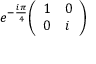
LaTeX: e ^ { - { \frac { i \pi } { 4 } } } { \left( \begin{array} { l l } { 1 } & { 0 } \\ { 0 } & { i } \end{array} \right) }